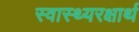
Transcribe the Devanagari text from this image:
स्वास्थ्यरक्षार्थ